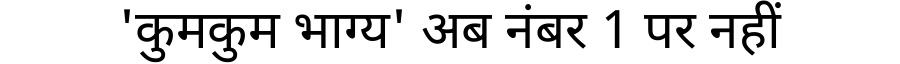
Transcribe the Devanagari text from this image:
'कुमकुम भाग्य' अब नंबर 1 पर नहीं